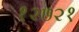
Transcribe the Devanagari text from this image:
१२७२१